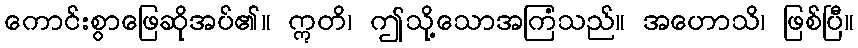
ကောင်းစွာဖြေဆိုအပ်၏။ ဣတိ၊ ဤသို့သောအကြံသည်။ အဟောသိ၊ ဖြစ်ပြီ။